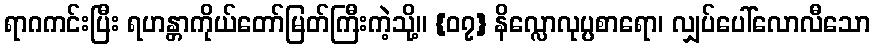
ရာဂကင်းပြီး ရဟန္တာကိုယ်တော်မြတ်ကြီးကဲ့သို့။ {၀၇} နိလ္လောလုပ္ပစာရော၊ လျှပ်ပေါ်လောလီသော